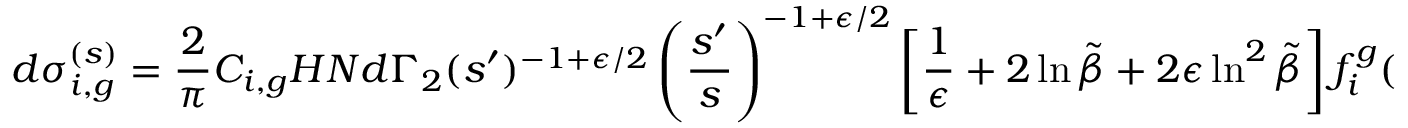
d \sigma _ { i , g } ^ { ( s ) } = \frac { 2 } { \pi } C _ { i , g } H N d \Gamma _ { 2 } ( s ^ { \prime } ) ^ { - 1 + \epsilon / 2 } \left( \frac { s ^ { \prime } } { s } \right) ^ { - 1 + \epsilon / 2 } \left[ \frac { 1 } { \epsilon } + 2 \ln \tilde { \beta } + 2 \epsilon \ln ^ { 2 } \tilde { \beta } \right] f _ { i } ^ { g } ( \theta _ { 1 } ) ,